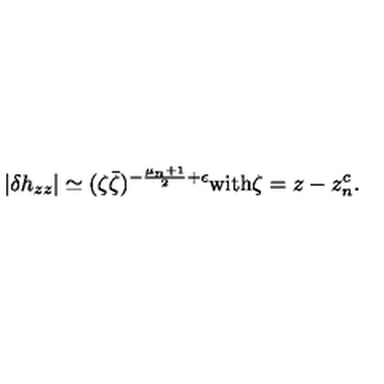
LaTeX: | \delta h _ { z z } | \simeq ( \zeta \bar { \zeta } ) ^ { - \frac { \mu _ { n } + 1 } { 2 } + \epsilon } \mathrm { w i t h } \zeta = z - z _ { n } ^ { c } .